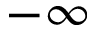
- \infty